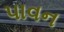
પાવન